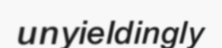
unyieldingly